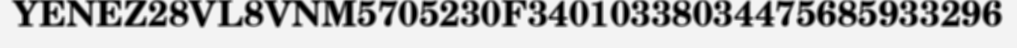
YENEZ28VL8VNM5705230F34010338034475685933296